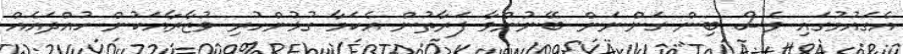
އެގައުމުގައި ވެސް ބިން ގަންނަން ބޭނުންވާ ފަރާތުން އެކަމާ ގުޅުންހުރި ވުޒާރާއަކުން ހުއްދައެއް